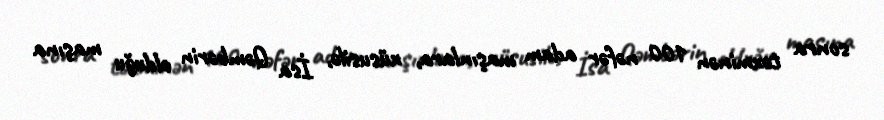
sonra təxminən 100 nəfər adam maşınlara, xüsusilə, İsa Qəmbərin olduğu maşına